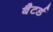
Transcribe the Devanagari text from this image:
बैटर्ड